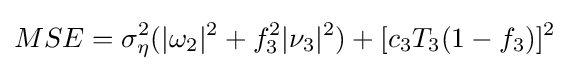
MSE=\sigma _{\eta }^{2}(|\omega _{2}|^{2}+f_{3}^{2}|\nu _{3}|^{2})+[c_{3}T_{3}(1-f_{3})]^{2}